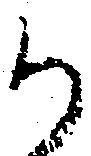
か